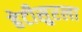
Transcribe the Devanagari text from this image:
हेटीसुरला